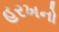
હરખનો